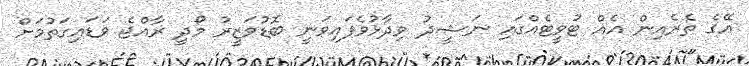
އޭގެ ތެރެއިން އެއް ޓުވީޓެއްގައި ނަޝީދު ވިދާޅުވެފައިވަނީ ބޮޑުވަޒީރު މޯދީ ރާއްޖެ ވަޑައިގަތުމަށް